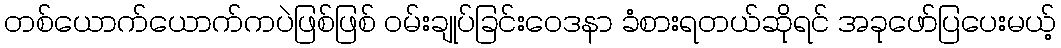
တစ်ယောက်ယောက်ကပဲဖြစ်ဖြစ် ဝမ်းချုပ်ခြင်းဝေဒနာ ခံစားရတယ်ဆိုရင် အခုဖော်ပြပေးမယ့်